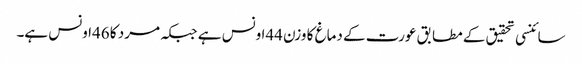
سائنسی تحقیق کے مطابق عورت کے دماغ کا وزن 44اونس ہے جبکہ مرد کا 46اونس ہے۔